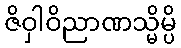
ဇိဝှါဝိညာဏသ္မိမ္ပိ